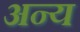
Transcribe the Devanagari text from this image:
अन्य